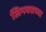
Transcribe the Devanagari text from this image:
लिनक्सच्या